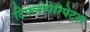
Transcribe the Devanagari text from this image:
टिफ्लोपेरिपेटस